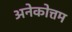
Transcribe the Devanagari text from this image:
अनेकोत्तम